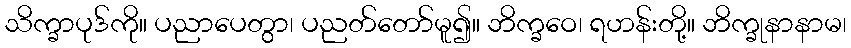
သိက္ခာပုဒ်ကို။ ပညာပေတွာ၊ ပညတ်တော်မူ၍။ ဘိက္ခဝေ၊ ရဟန်းတို့။ ဘိက္ခုနာနာမ၊